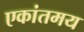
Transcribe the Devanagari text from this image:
एकांतमय